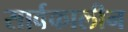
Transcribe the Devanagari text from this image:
सार्वकालीन